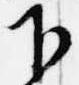
下